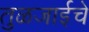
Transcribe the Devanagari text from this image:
तुळजाईचे